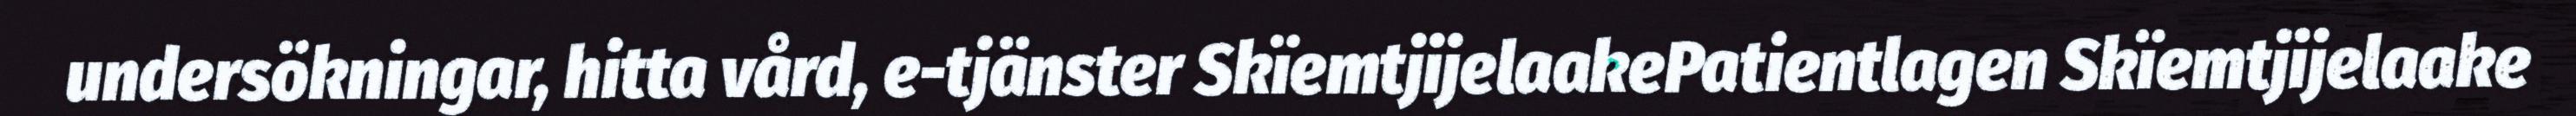
undersökningar, hitta vård, e-tjänster SkïemtjijelaakePatientlagen Skïemtjijelaake